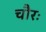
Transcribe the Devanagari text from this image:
चौरः